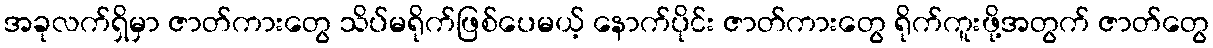
အခုလက်ရှိမှာ ဇာတ်ကားတွေ သိပ်မရိုက်ဖြစ်ပေမယ့် နောက်ပိုင်း ဇာတ်ကားတွေ ရိုက်ကူးဖို့အတွက် ဇာတ်တွေ